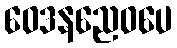
ဝေဒနညေဝပေ